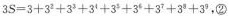
$$3 + 3 ^ { 2 } + 3 ^ { 3 } + 3 ^ { 4 }+ 3 ^ { 5 } + 3 ^ { 6 } + 3 ^ { 7 }+ 3 ^ { 8 } + 3 ^ { 9 }$$，②